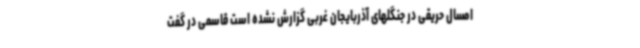
امسال حریقی در جنگلهای آذربایجان غربی گزارش نشده است قاسمی در گفت